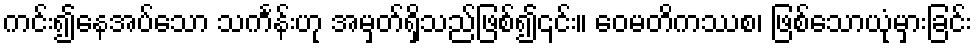
ကင်း၍နေအပ်သော သင်္ကန်းဟု အမှတ်ရှိသည်ဖြစ်၍၎င်း။ ဝေမတိကဿစ၊ ဖြစ်သောယုံမှားခြင်း